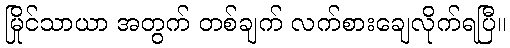
မြိုင်သာယာ အတွက် တစ်ချက် လက်စားချေလိုက်ရပြီ။